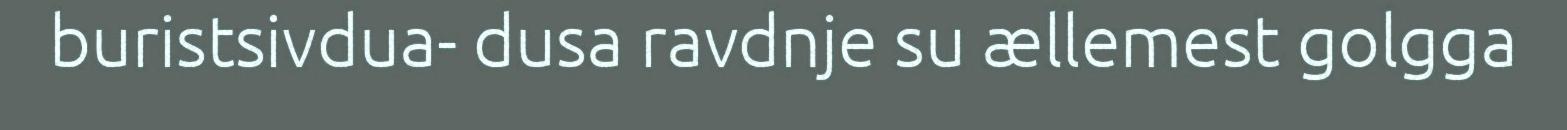
buristsivdua- dusa ravdnje su ællemest golgga